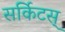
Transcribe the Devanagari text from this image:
सर्किटस्